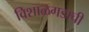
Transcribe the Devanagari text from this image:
विशाळगडाची